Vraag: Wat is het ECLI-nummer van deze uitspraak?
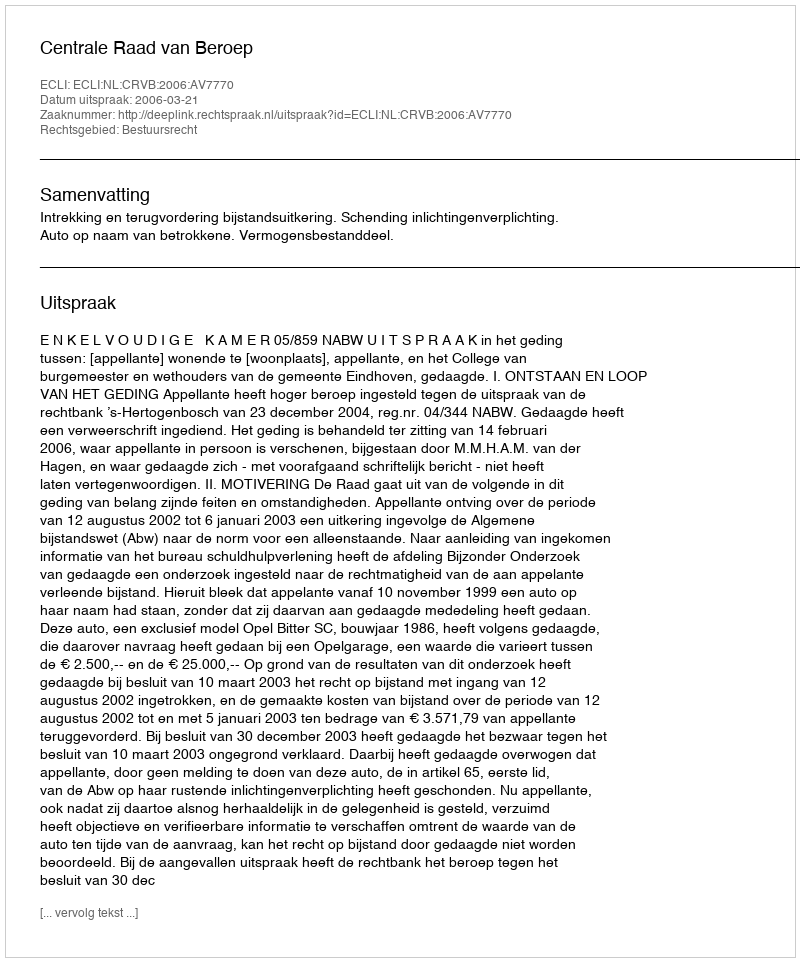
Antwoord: ECLI:NL:CRVB:2006:AV7770